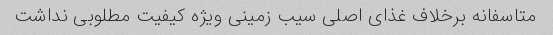
متاسفانه برخلاف غذای اصلی سیب زمینی ویژه کیفیت مطلوبی نداشت